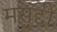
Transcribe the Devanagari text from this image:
मसुद्दी